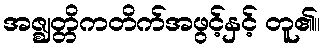
အဇ္ဈတ္တိကတိက်အဖွင့်နှင့် တူ၏။